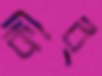
কীর্